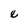
Character: e